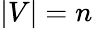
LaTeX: |V|=n